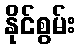
နိုင်စွမ်း